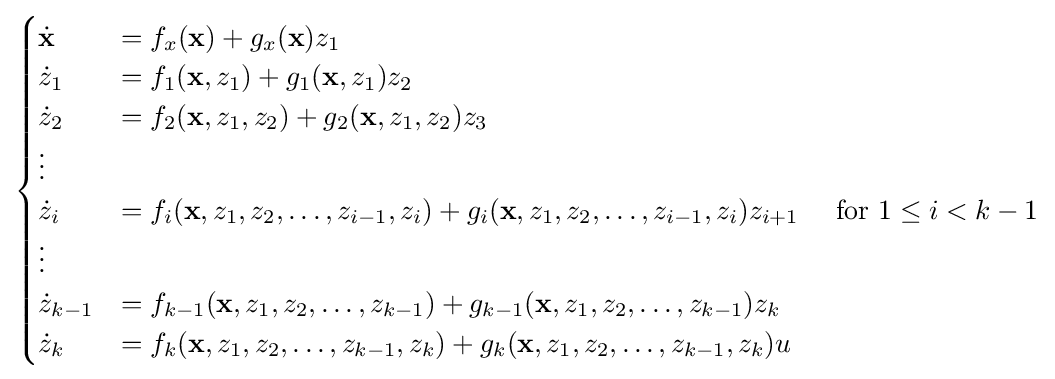
{\begin{aligned}{\begin{cases}{\dot {\mathbf {x} }}&=f_{x}(\mathbf {x} )+g_{x}(\mathbf {x} )z_{1}\\{\dot {z}}_{1}&=f_{1}(\mathbf {x} ,z_{1})+g_{1}(\mathbf {x} ,z_{1})z_{2}\\{\dot {z}}_{2}&=f_{2}(\mathbf {x} ,z_{1},z_{2})+g_{2}(\mathbf {x} ,z_{1},z_{2})z_{3}\\\vdots \\{\dot {z}}_{i}&=f_{i}(\mathbf {x} ,z_{1},z_{2},\ldots ,z_{i-1},z_{i})+g_{i}(\mathbf {x} ,z_{1},z_{2},\ldots ,z_{i-1},z_{i})z_{i+1}\quad {\text{ for }}1\leq i<k-1\\\vdots \\{\dot {z}}_{k-1}&=f_{k-1}(\mathbf {x} ,z_{1},z_{2},\ldots ,z_{k-1})+g_{k-1}(\mathbf {x} ,z_{1},z_{2},\ldots ,z_{k-1})z_{k}\\{\dot {z}}_{k}&=f_{k}(\mathbf {x} ,z_{1},z_{2},\ldots ,z_{k-1},z_{k})+g_{k}(\mathbf {x} ,z_{1},z_{2},\dots ,z_{k-1},z_{k})u\end{cases}}\end{aligned}}